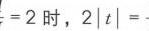
$=2$时，$2|t| =$